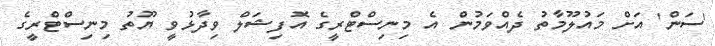
'ސަން' އަށް މައުލޫމާތު ދެއްވަމުން އެ މިނިސްޓްރީގެ އޮފިޝަލް ވިދާޅުވީ ޔޫތު މިނިސްޓްރީގެ